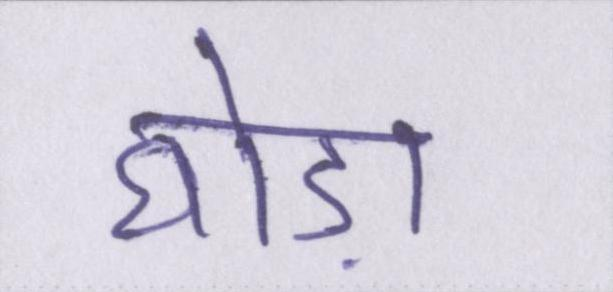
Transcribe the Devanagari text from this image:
घोड़ा